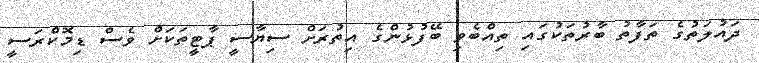
ދައުލަތުގެ ތަފާތު ބާރުތަކުގައި ތިއްބެވި ބޭފުޅުންގެ އިތުރަށް ސިޔާސީ ޕާޓީތަކަށް ވެސް ޑިމޮކްރަސީ